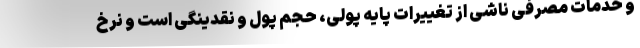
و خدمات مصرفی ناشی از تغییرات پایه پولی، حجم پول و نقدینگی است و نرخ